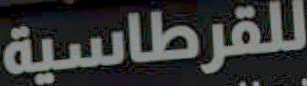
للقرطاسية